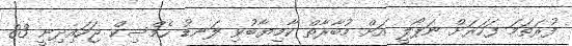
ފުރަތަމަ ފަހަރަށް ނަޕޯލީ އަށް މުބާރާތް ކާމިޔާބުވި ލަނޑު ހެމްސިކް ޖަހައިދިނީ 83